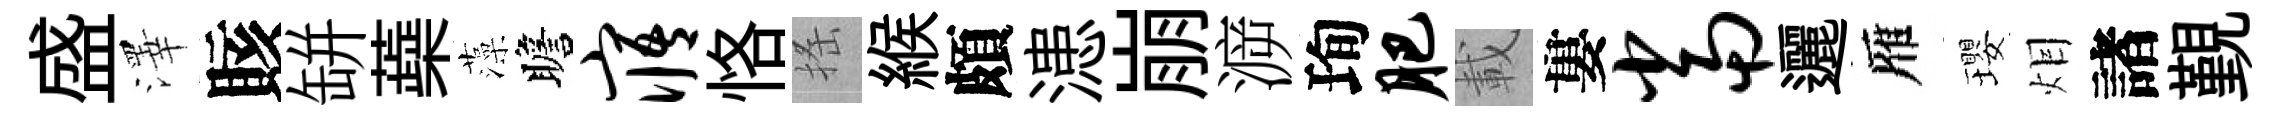
盛澤賅缾蘃藻瞻寤恪搖緱頗漶崩㴑珣肥載婁当邐雁瓔𤇆諸覲